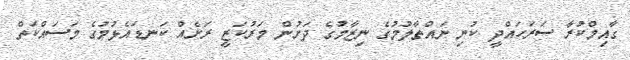
ގާއިމްކުރާ ސަރަހައްދީ ކުނި ނައްތާލުމުގެ ނިޒާމުގެ ދަށުން މަރުކަޒީ ރަށެއް ކަނޑައެޅުމުގެ މަސައްކަތް